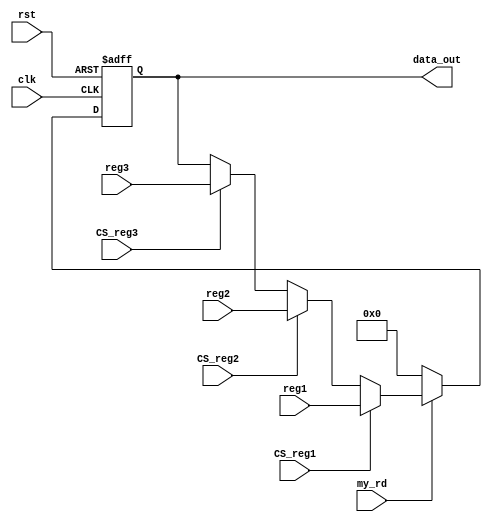
// synchronous write by cpu clock, use my_wr as condition
module read_reg (clk, rst, data_out,  my_rd, CS_reg1, CS_reg2, CS_reg3, reg1, reg2, reg3);

input        clk, rst, my_rd, CS_reg1, CS_reg2, CS_reg3;
input  [7:0] reg1, reg2, reg3;
output [7:0] data_out;
reg    [7:0] data_out;

  always @ (posedge clk or negedge rst)
      if (!rst)
         data_out <= 8'b0;
      else
         begin
            if (my_rd)
                begin
                     if (CS_reg1)
                         data_out <= reg1;
                     else if (CS_reg2)
                         data_out <= reg2;
                     else if (CS_reg3)
                         data_out <= reg3;
                end
            else
                data_out <= 8'b0;              
         
         end
         
  

endmodule